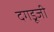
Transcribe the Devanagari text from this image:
दगडूजी